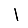
Digit: 1